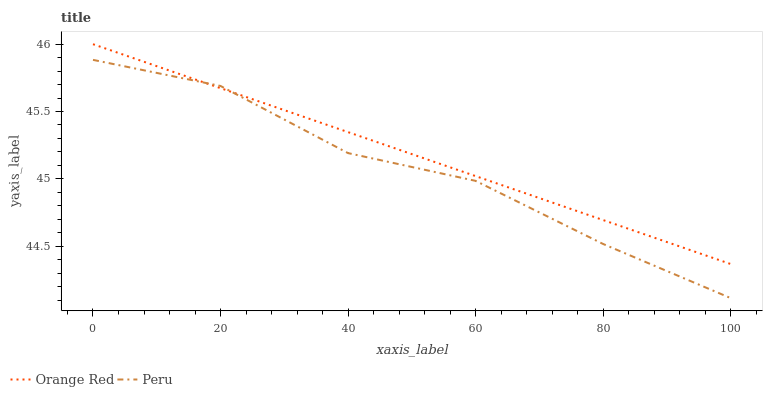
| xaxis_label | Orange Red | Peru |
 | --- | --- | --- |
 | 0 | 46 | 45.9 |
 | 20 | 45.7 | 45.7 |
 | 40 | 45.3 | 45.2 |
 | 60 | 45 | 45 |
 | 80 | 44.7 | 44.5 |
 | 100 | 44.4 | 44.1 |